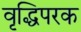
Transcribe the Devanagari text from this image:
वृद्धिपरक